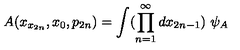
A ( x _ { x _ { 2 n } } , x _ { 0 } , p _ { 2 n } ) = \int ( \prod _ { n = 1 } ^ { \infty } d x _ { 2 n - 1 } ) \ \psi _ { A }